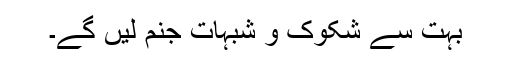
بہت سے شکوک و شبہات جنم لیں گے۔